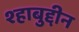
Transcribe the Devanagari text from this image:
श्हाबुद्दीन